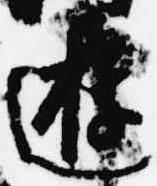
遊